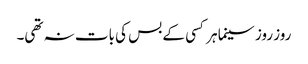
روز روز سینما ہر کسی کے بس کی بات نہ تھی۔